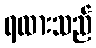
ရထားသည်